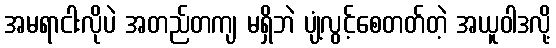
အမရာငါးလိုပဲ အတည်တကျ မရှိဘဲ ပျံ့လွင့်စေတတ်တဲ့ အယူဝါဒလို့